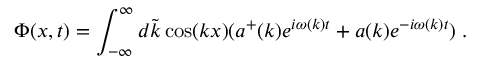
\Phi ( x , t ) = \int _ { - \infty } ^ { \infty } d \tilde { k } \cos ( k x ) ( a ^ { + } ( k ) e ^ { i \omega ( k ) t } + a ( k ) e ^ { - i \omega ( k ) t } ) \; .